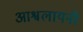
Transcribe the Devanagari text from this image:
आश्वलायनी